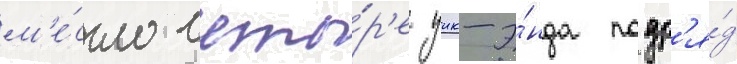
м'е́сто четы́р'е уик-э́нда подр'я́д